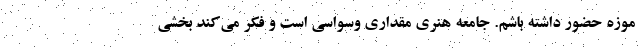
موزه حضور داشته باشم. جامعه هنری مقداری وسواسی است و فکر می‌کند بخشی